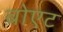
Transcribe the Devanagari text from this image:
बोएट